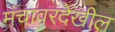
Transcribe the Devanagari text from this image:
मंचावरदेखील